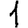
Digit: 1